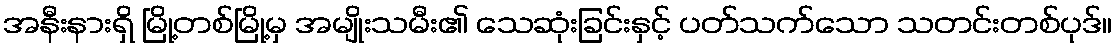
အနီးနားရှိ မြို့တစ်မြို့မှ အမျိုးသမီး၏ သေဆုံးခြင်းနှင့် ပတ်သက်သော သတင်းတစ်ပုဒ်။